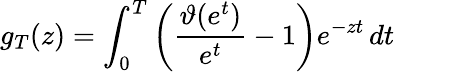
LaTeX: g_{T}(z)=\int_{0}^{T}\left({\frac{\vartheta(e^{t})}{e^{t}}}-1\right)e^{-zt}\, dt\quad\quad